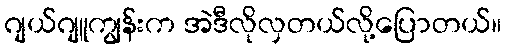
ဂျယ်ဂျူကျွန်းက အဲဒီလိုလှတယ်လို့ပြောတယ်။